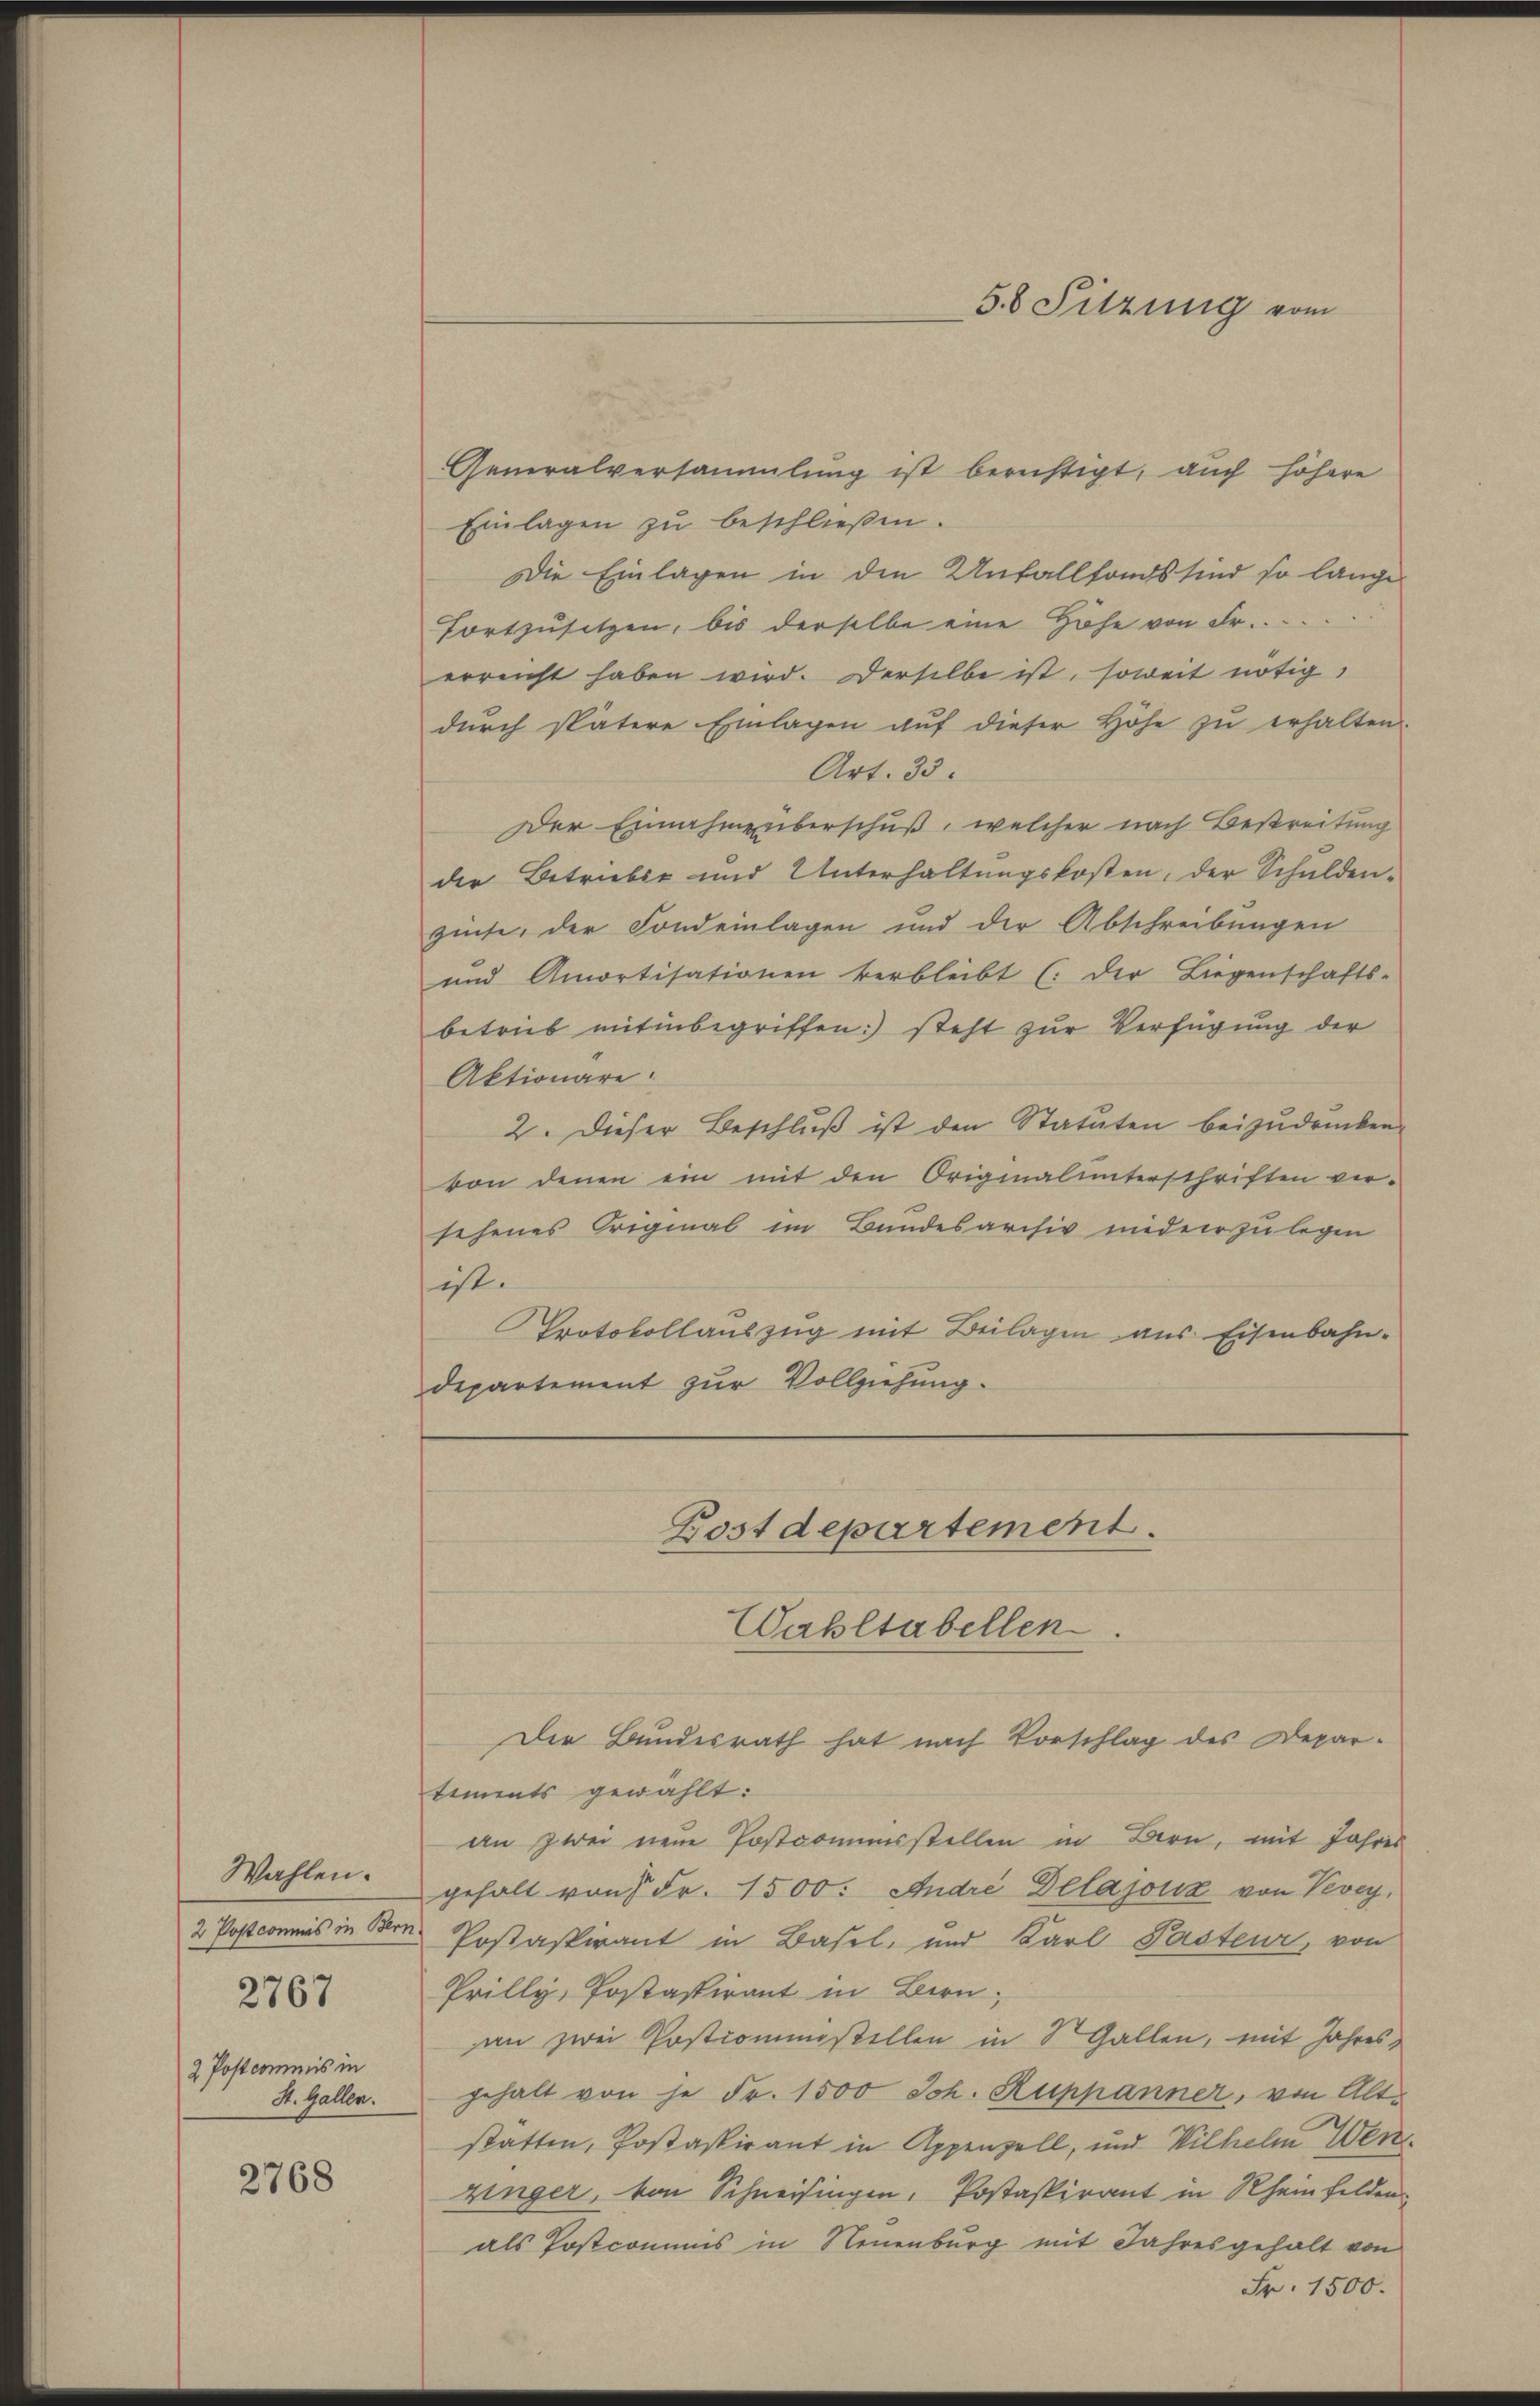
Wahlen.
2 Postcommis in
St. Gallen.

2767

2768

Generalversammlung ist berichtigt, auch höhere
Einlagen zu beschließen.
Die Einlagen in den Unfallfonds sind so lange
fortzŭsetzen, bis derselbe eine Höhe von Fr.
erreicht haben wird. Derselbe ist, soweit nötig,
durch spätere Einlagen aŭf dieser Höhe zŭ erhalten.
Art. 33.
Der Einnahme überschuß, welcher nach Bestreitung
der Betriebst und Unterhaltungskosten, der Schulden-
zinse, der Fond einlagen und der Abschreibungen
und Amortisationen verbleibt (der Liegenschafts-
betrieb mit inbegriffen:) steht zur Verfügung der
Aktionäre.
2. Dieser Beschluß ist den Statuten beizudrücken.
von denen ein mit den Originalunterschriften ver-
sehenes Original im Bundesarchiv nieder zu legen
ist.
Protokollauszug mit Beilagen aus Eisenbahn-
departement zur Vollziehung.

58 Sitzung vom

Der Bundesrath hat nach Vorschlag des Departiments gewählt:
an zwei neue Postcommisstellen in Bern, mit Jahres
gehalt von Fr. 1500: Andre Delajouz von Vevey,
2 Postcommis in Bern. Postaspirant in Basel, und Karl Pasteur, von
Prilly, Postaspirant in Bern,
an zwei Postcoministellen in 8 Gallen, mit Jahres
gehalt von je Fr. 1500 Joh. Ruppanner, von Altstätten, Postaspirant in Appenzell, und Wilhelm Werzinger, von Schneisingen, Postaspirant in Rheinfelden
als Postcomums in Neuenburg mit Jahresgehalt von
Fr. 1500.

Postdepartement.
Wahltabellen.